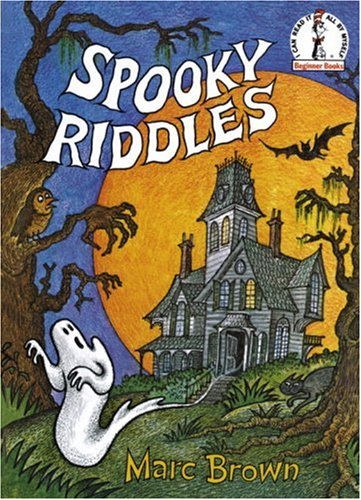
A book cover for Spooky Riddles (Beginner Books(R)); Marc Brown; Children's Books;